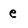
Character: e